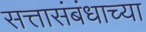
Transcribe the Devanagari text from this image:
सत्तासंबंधाच्या